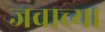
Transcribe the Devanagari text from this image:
जवाच्या